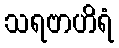
သရဗာဟိရံ